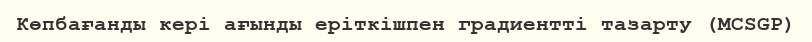
Көпбағанды кері ағынды еріткішпен градиентті тазарту (MCSGP)